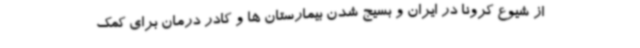
از شیوع کرونا در ایران و بسیج شدن بیمارستان ها و کادر درمان برای کمک